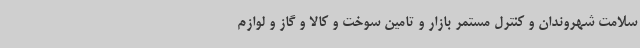
سلامت شهروندان و کنترل مستمر بازار و تامین سوخت و کالا و گاز و لوازم